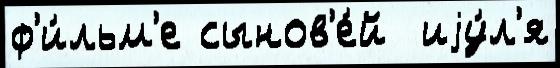
ф'и́льм'е сынов'е́й  иjу́л'я